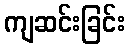
ကျဆင်းခြင်း